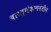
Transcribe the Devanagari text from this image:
वास्तुसंकल्पनेतील